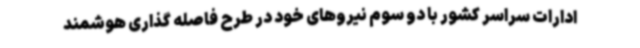
ادارات سراسر کشور با دو سوم نیروهای خود در طرح فاصله گذاری هوشمند